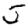
Digit: 5